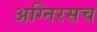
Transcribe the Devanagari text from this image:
अग्निरसच